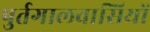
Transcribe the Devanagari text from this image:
पुर्तगालवासियों